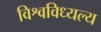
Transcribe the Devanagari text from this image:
विश्वविध्यल्य